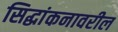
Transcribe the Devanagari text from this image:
सिद्धांकनावरील